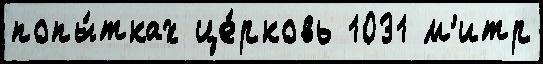
попы́тках це́рковь 1031 м'итр